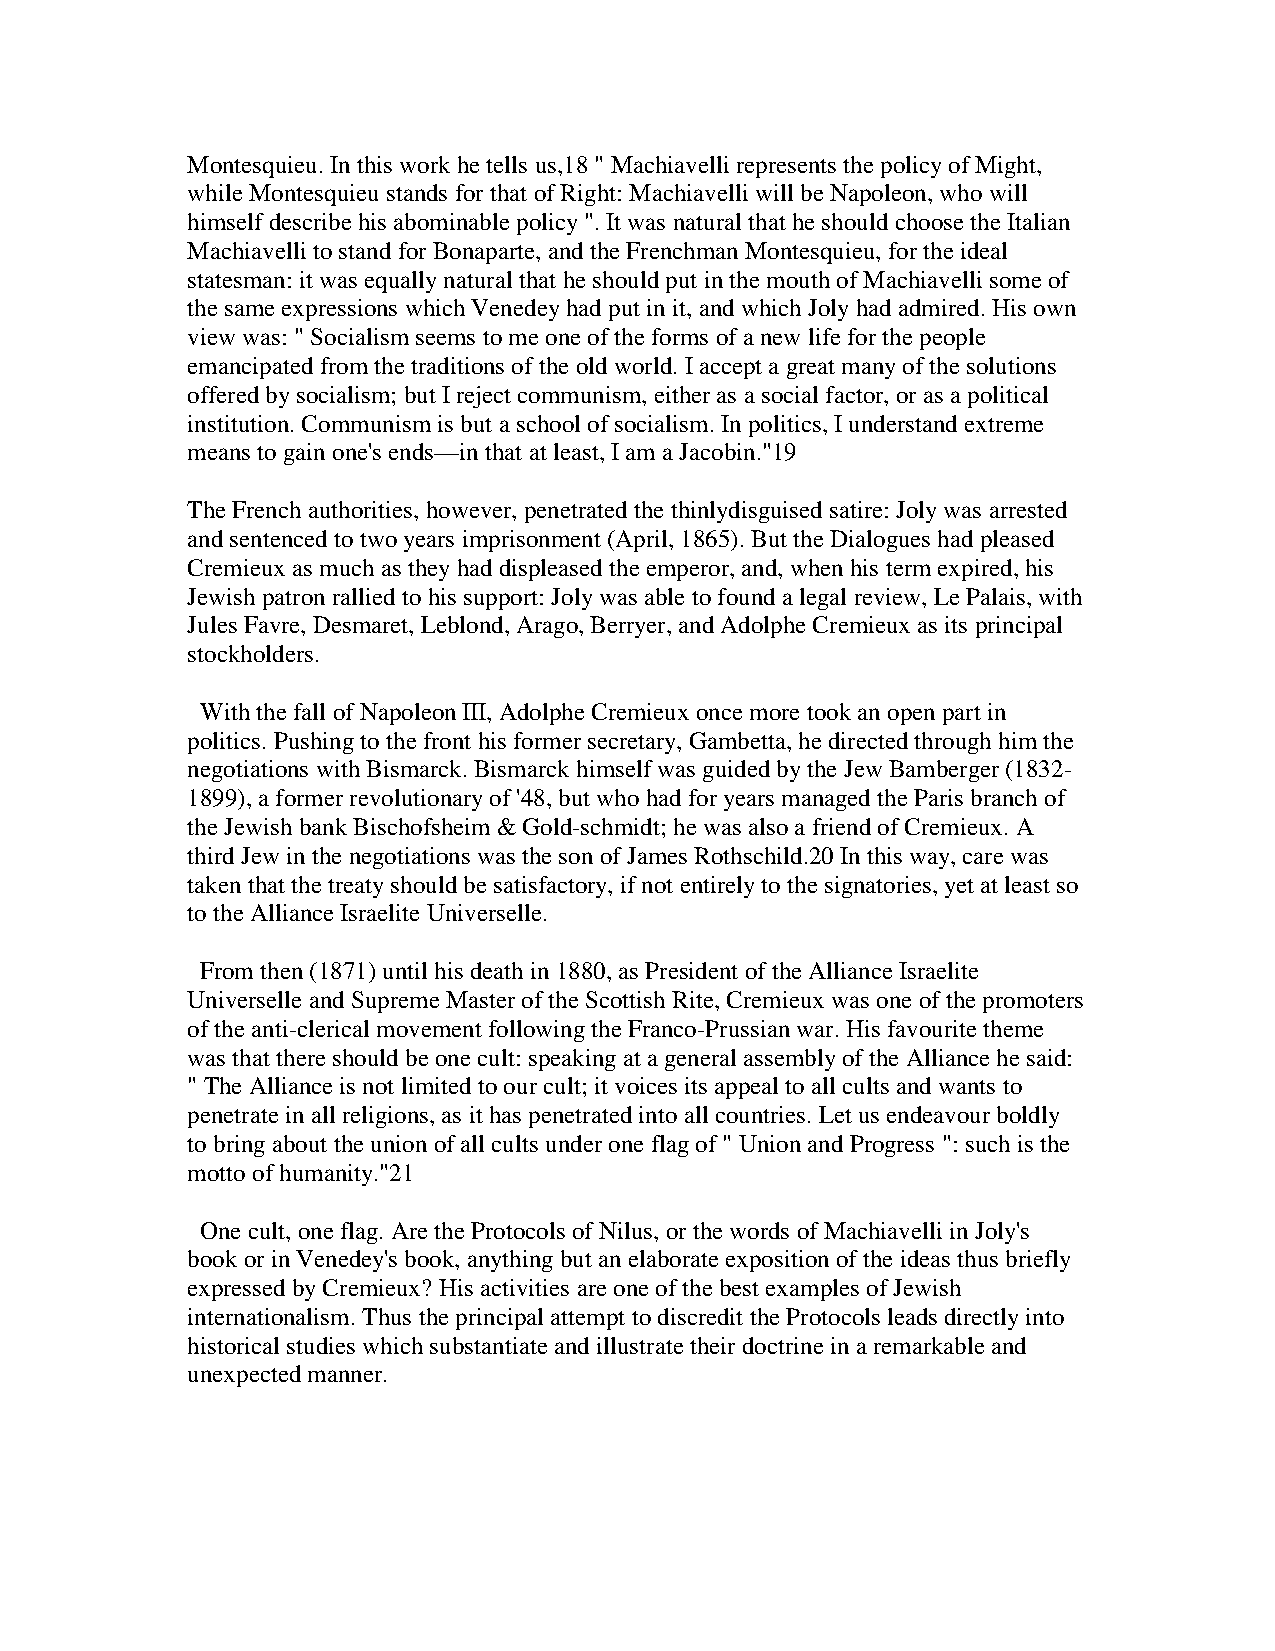
Montesquieu. In this work he tells us,18 " Machiavelli represents the policy of Might,
 while Montesquieu stands for that of Right: Machiavelli will be Napoleon, who will
 himself describe his abominable policy ". It was natural that he should choose the Italian
 Machiavelli to stand for Bonaparte, and the Frenchman Montesquieu, for the ideal
 statesman: it was equally natural that he should put in the mouth of Machiavelli some of
 the same expressions which Venedey had put in it, and which Joly had admired. His own
 view was: " Socialism seems to me one of the forms of a new life for the people
 emancipated from the traditions of the old world. I accept a great many of the solutions
 offered by socialism; but I reject communism, either as a social factor, or as a political
 institution. Communism is but a school of socialism. In politics, I understand extreme
 means to gain one's ends—in that at least, I am a Jacobin."19
 The French authorities, however, penetrated the thinlydisguised satire: Joly was arrested
 and sentenced to two years imprisonment (April, 1865). But the Dialogues had pleased
 Cremieux as much as they had displeased the emperor, and, when his term expired, his
 Jewish patron rallied to his support: Joly was able to found a legal review, Le Palais, with
 Jules Favre, Desmaret, Leblond, Arago, Berryer, and Adolphe Cremieux as its principal
 stockholders.
 With the fall of Napoleon III, Adolphe Cremieux once more took an open part in
 politics. Pushing to the front his former secretary, Gambetta, he directed through him the
 negotiations with Bismarck. Bismarck himself was guided by the Jew Bamberger (1832-
 1899), a former revolutionary of '48, but who had for years managed the Paris branch of
 the Jewish bank Bischofsheim & Gold-schmidt; he was also a friend of Cremieux. A
 third Jew in the negotiations was the son of James Rothschild.20 In this way, care was
 taken that the treaty should be satisfactory, if not entirely to the signatories, yet at least so
 to the Alliance Israelite Universelle.
 From then (1871) until his death in 1880, as President of the Alliance Israelite
 Universelle and Supreme Master of the Scottish Rite, Cremieux was one of the promoters
 of the anti-clerical movement following the Franco-Prussian war. His favourite theme
 was that there should be one cult: speaking at a general assembly of the Alliance he said:
 " The Alliance is not limited to our cult; it voices its appeal to all cults and wants to
 penetrate in all religions, as it has penetrated into all countries. Let us endeavour boldly
 to bring about the union of all cults under one flag of " Union and Progress ": such is the
 motto of humanity."21
 One cult, one flag. Are the Protocols of Nilus, or the words of Machiavelli in Joly's
 book or in Venedey's book, anything but an elaborate exposition of the ideas thus briefly
 expressed by Cremieux? His activities are one of the best examples of Jewish
 internationalism. Thus the principal attempt to discredit the Protocols leads directly into
 historical studies which substantiate and illustrate their doctrine in a remarkable and
 unexpected manner.